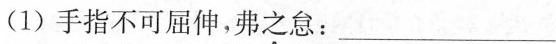
(1) 手指不可屈伸,弗之怠:___